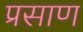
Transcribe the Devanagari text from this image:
प्रसाण